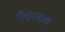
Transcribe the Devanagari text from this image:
रीचेनबाक